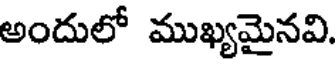
అందులో ముఖ్యమైనవి.